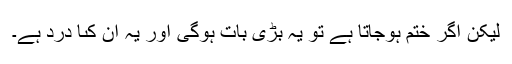
لیکن اگر ختم ہوجاتا ہے تو یہ بڑى بات ہوگى اور یہ ان کىا درد ہے۔